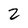
Character: 2